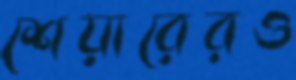
শেয়ারেরও